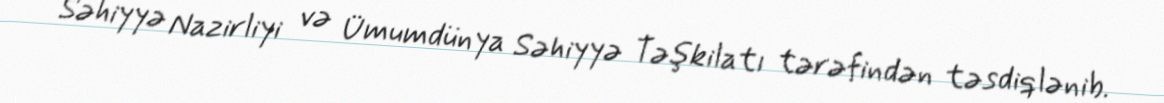
Səhiyyə Nazirliyi və Ümumdünya Səhiyyə Təşkilatı tərəfindən təsdiqlənib.